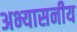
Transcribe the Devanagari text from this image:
अभ्यासनीय